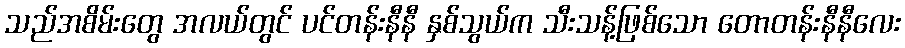
သည်အစိမ်းတွေ အလယ်တွင် ပင်တန်းနီနီ နှစ်သွယ်က သီးသန့်ဖြစ်သော တောတန်းနီနီလေး